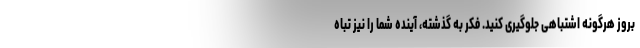
بروز هرگونه اشتباهی جلوگیری کنید. فکر به گذشته، آینده شما را نیز تباه